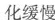
化缓慢